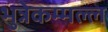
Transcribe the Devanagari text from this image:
भुन्नेकम्मल्ल